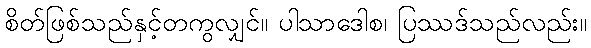
စိတ်ဖြစ်သည်နှင့်တကွလျှင်။ ပါသာဒေါစ၊ ပြဿဒ်သည်လည်း။